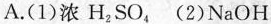
A.(1)浓H_{2}SO_{4} (2)NaOH